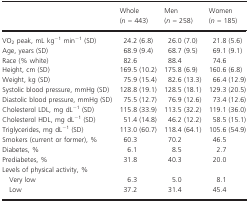
<table><thead><tr><td></td><td><b>Whole (<i>n </i>= 443)</b></td><td><b>Men (<i>n </i>= 258)</b></td><td><b>Women (<i>n </i>= 185)</b></td></tr></thead><tbody><tr><td>VO<sub>2</sub> peak, mL kg<sup>−1</sup> min<sup>−1</sup> (SD)</td><td>24.2 (6.8)</td><td>26.0 (7.0)</td><td>21.8 (5.6)</td></tr><tr><td>Age, years (SD)</td><td>68.9 (9.4)</td><td>68.7 (9.5)</td><td>69.1 (9.1)</td></tr><tr><td>Race (% white)</td><td>82.6</td><td>88.4</td><td>74.6</td></tr><tr><td>Height, cm (SD)</td><td>169.5 (10.2)</td><td>175.8 (6.9)</td><td>160.6 (6.8)</td></tr><tr><td>Weight, kg (SD)</td><td>75.9 (15.4)</td><td>82.6 (13.3)</td><td>66.4 (12.9)</td></tr><tr><td>Systolic blood pressure, mmHg (SD)</td><td>128.8 (19.1)</td><td>128.5 (18.1)</td><td>129.3 (20.5)</td></tr><tr><td>Diastolic blood pressure, mmHg (SD)</td><td>75.5 (12.7)</td><td>76.9 (12.6)</td><td>73.4 (12.6)</td></tr><tr><td>Cholesterol LDL, mg dL<sup>−1</sup> (SD)</td><td>115.8 (33.9)</td><td>113.5 (32.2)</td><td>119.1 (36.0)</td></tr><tr><td>Cholesterol HDL, mg dL<sup>−1</sup> (SD)</td><td>51.4 (14.8)</td><td>46.2 (12.2)</td><td>58.5 (15.1)</td></tr><tr><td>Triglycerides, mg dL<sup>−1</sup> (SD)</td><td>113.0 (60.7)</td><td>118.4 (64.1)</td><td>105.6 (54.9)</td></tr><tr><td>Smokers (current or former), %</td><td>60.3</td><td>70.2</td><td>46.5</td></tr><tr><td>Diabetes, %</td><td>6.1</td><td>8.5</td><td>2.7</td></tr><tr><td>Prediabetes, %</td><td>31.8</td><td>40.3</td><td>20.0</td></tr><tr><td colspan="4">Levels of physical activity, %</td></tr><tr><td>Very low</td><td>6.3</td><td>5.0</td><td>8.1</td></tr><tr><td>Low</td><td>37.2</td><td>31.4</td><td>45.4</td></tr></tbody></table>